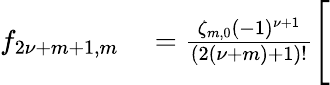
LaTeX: \begin{array}{rl}{f_{2{\nu}+m+1,m}}&{{}=\frac{\zeta_{m,0}(-1)^{{\nu}+1}}{(2({\nu}+m)+1)!}\Bigg[}\end{array}